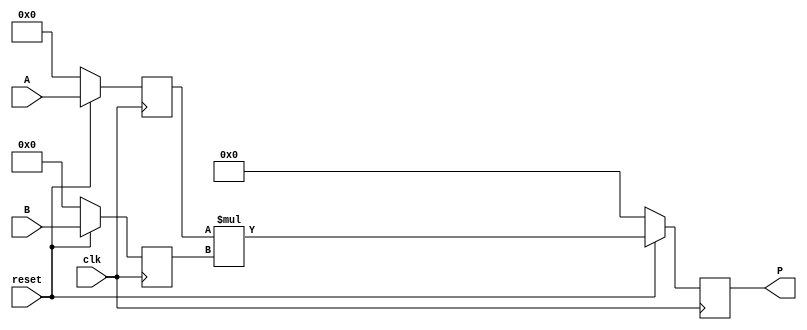
module dsp_mul_signed_reg_active_low_sync_reset (clk, reset, A, B, P);
	input clk, reset;
	input signed [19:0] A;
	input signed [17:0] B;
	output wire signed [37:0] P;
	reg signed [19:0] i1;
	reg signed [17:0] i2;
	wire  [37:0] mul;
	wire [63:0] sign_extend;
	reg [63:0] out;
	always @(posedge clk) begin
		if(reset == 1'b0) begin
			i1 <= 0;
			i2 <= 0;
		end
		else begin
			i1 <= A;
			i2 <= B;
		end
	end
	always @(posedge clk) begin
		if (reset ==1'b0 )
			out <= 0;
		else
			out <= sign_extend;
	end

	assign P = out;

	assign mul  = i1 * i2;
	assign sign_extend = {{26{mul[37]}}, mul};

endmodule